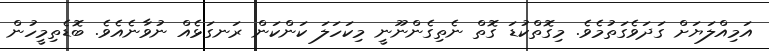
އަމިއްލަޔަށް ގަދަވެގަތުމެވެ. މިގޮތްކުޑަ ގޮތް ނެތިގެންނޫނީ މިކަހަލަ ކަންކަން ރަނގަޅެއް ނުވާނެއެވެ. ބޮޑެތިމީހުން